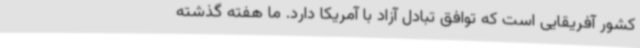
کشور آفریقایی است که توافق تبادل آزاد با آمریکا دارد. ما هفته گذشته